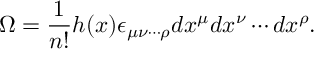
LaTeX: \Omega = \frac { 1 } { n ! } h ( x ) \epsilon _ { { \mu } { \nu } \cdots { \rho } } d x ^ { \mu } d x ^ { \nu } \cdots d x ^ { \rho } .